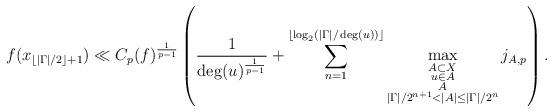
LaTeX: \begin{align*}f(x_{\lfloor|\Gamma|/2\rfloor+1})\ll C_p(f)^{\frac{1}{p-1}}\left(\frac{1}{\deg(u)^{\frac{1}{p-1}}}+\sum_{n=1}^{\lfloor\log_2(|\Gamma|/\deg(u))\rfloor}\max_{\substack{A\subset X\\u\in A\\A\\|\Gamma|/2^{n+1}<|A|\le|\Gamma|/2^n}}j_{A,p}\right).\end{align*}